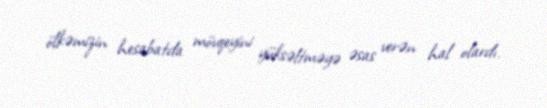
ölkəmizin hesabatda mövqeyini yüksəltməyə əsas verən hal olardı.